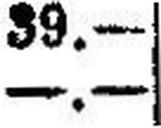
—.—